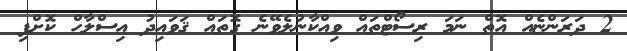
2 ދަރަންޏެއް އޮތް ނަމަ ރިސޯޓްތައް ވިއްކާނުލެވޭނެ ގޮތައް ޤަވައިދު އިސްލާހް ކޮށްފި